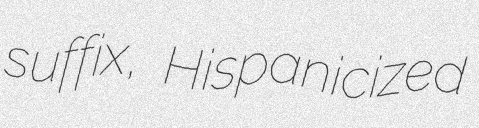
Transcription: suffix, Hispanicized